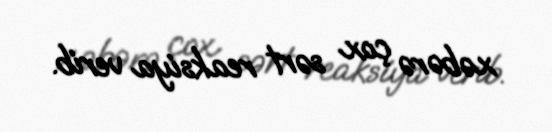
xəbərə çox sərt reaksiya verib.